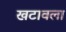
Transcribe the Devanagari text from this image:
खटावला